Civil Veterinary Dept. Bombay admin report 1914-1922 - 1914-1922
Year: 1914
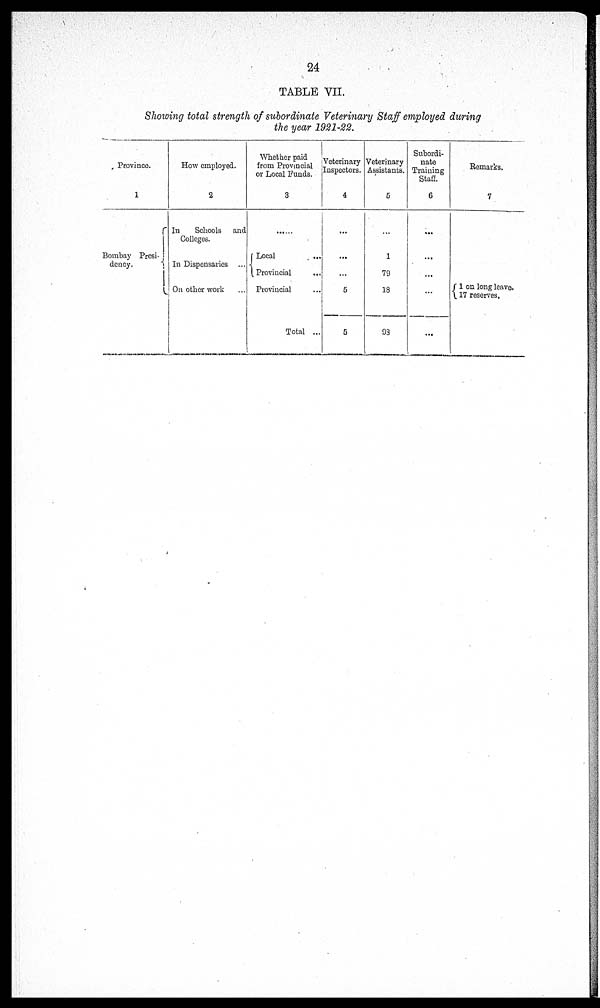
24
TABLE VII.
Showing total strength of subordinate Veterinary Staff employed during
the year 1921-22.
Province.
1
Bombay Presi-
dency.
How employed.
2
In
Schools and
Colleges.
In Dispensaries ...
On other work ...
Whether paid
from Provincial
or Local Funds.
3
......
Local ...
Provincial
...
Provincial ...
Total ...
Veterinary
Inspectors.
4
...
...
...
5
5
Veterinary
Assistants.
5
...
1
79
18
93
Subordi-
nate
Training
Staff.
6
...
...
...
...
...
Remarks.
7
1 on long leave.
17 reserves.